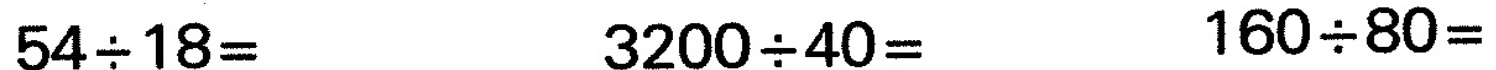
$$5 4 {\div} 1 8 =$$ $$3 2 0 0 {\div} 4 0 =$$ $$1 6 0 {\div} 8 0 =$$